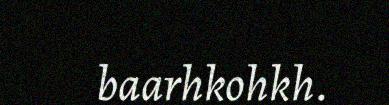
baarhkohkh.